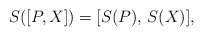
\begin{align*}S([P,X]) = [S(P), \, S(X)],\end{align*}